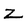
Character: Z